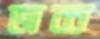
জব্ব